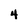
Character: 4